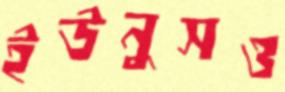
ইউনুসও